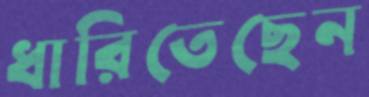
ধারিতেছেন